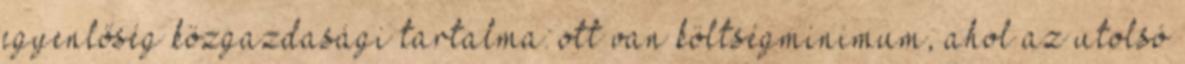
egyenlőség közgazdasági tartalma: ott van költségminimum, ahol az utolsó